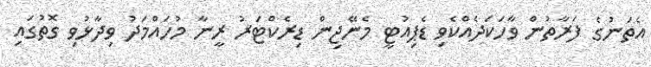
އެތަނުގެ ފަރާތުން ވާހަކަދެއްކެވި ޑެޕިއުޓީ މެނޭޖިން ޑިރެކްޓަރު ރީނާ މުހައްމަދު ވިދާޅުވި ގޮތުގައި